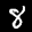
Label: 8